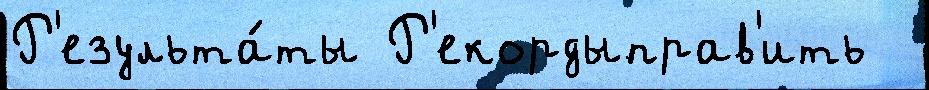
Р'езульта́ты Р'екордыправ'ить